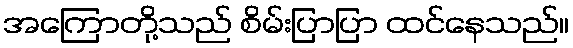
အကြောတို့သည် စိမ်းပြာပြာ ထင်နေသည်။